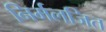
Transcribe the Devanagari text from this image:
निर्मलजित